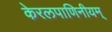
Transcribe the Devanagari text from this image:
केरलपाणिनीयम्